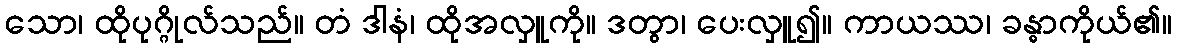
သော၊ ထိုပုဂ္ဂိုလ်သည်။ တံ ဒါနံ၊ ထိုအလှူကို။ ဒတွာ၊ ပေးလှူ၍။ ကာယဿ၊ ခန္ဓာကိုယ်၏။